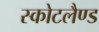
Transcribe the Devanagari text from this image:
स्कोटलैण्ड